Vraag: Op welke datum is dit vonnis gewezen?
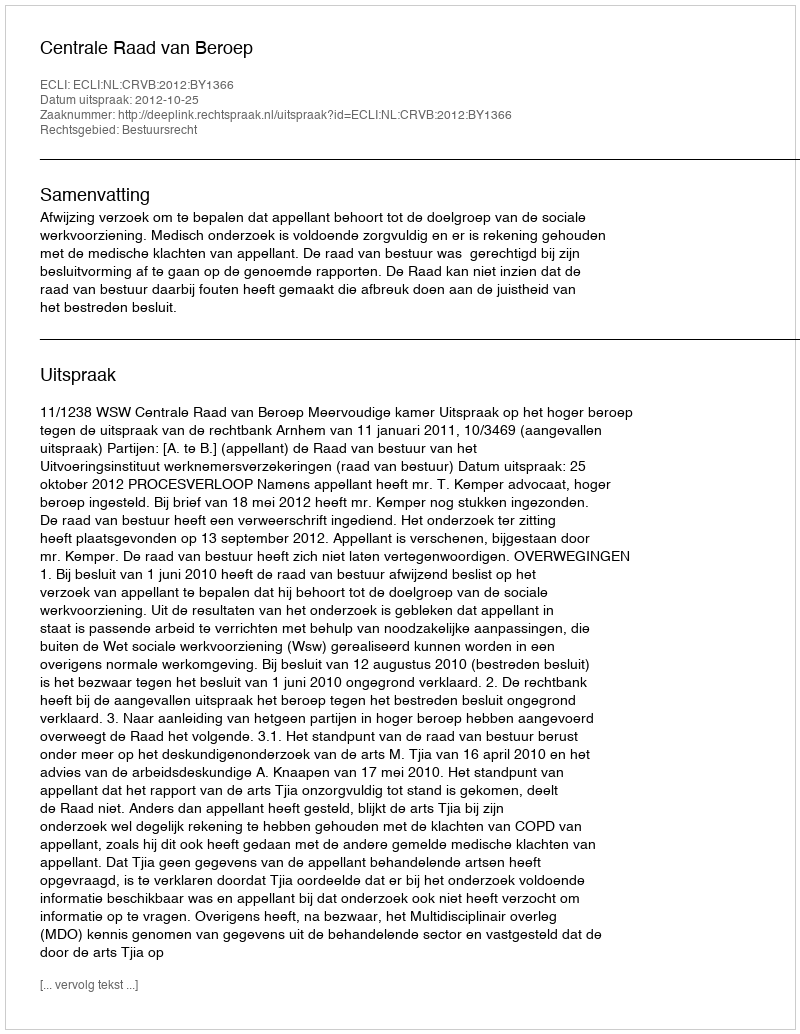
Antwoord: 2012-10-25